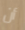
أن